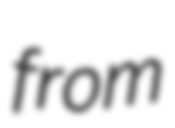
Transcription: from